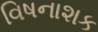
વિષનાશક